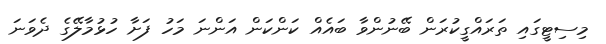
މިސިޓީގައި ތަރައްގީކުރަން ބޭނުންވާ ބައެއް ކަންކަން އަންނަ މަހު ފަށާ ހުޅުމާލޭގެ ދެވަނަ